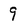
Character: 9